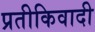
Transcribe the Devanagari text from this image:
प्रतीकिवादी